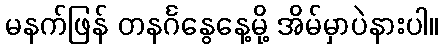
မနက်ဖြန် တနင်္ဂနွေနေ့မို့ အိမ်မှာပဲနားပါ။